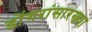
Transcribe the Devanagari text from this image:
डोंगरांसारख्या